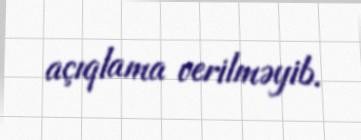
açıqlama verilməyib.